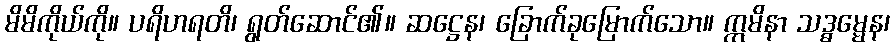
မိမိကိုယ်ကို။ ပရိဟရတိ၊ ရွတ်ဆောင်၏။ ဆဋ္ဌေန၊ ခြောက်ခုမြောက်သော။ ဣမိနာ သဒ္ဓမ္မေန၊